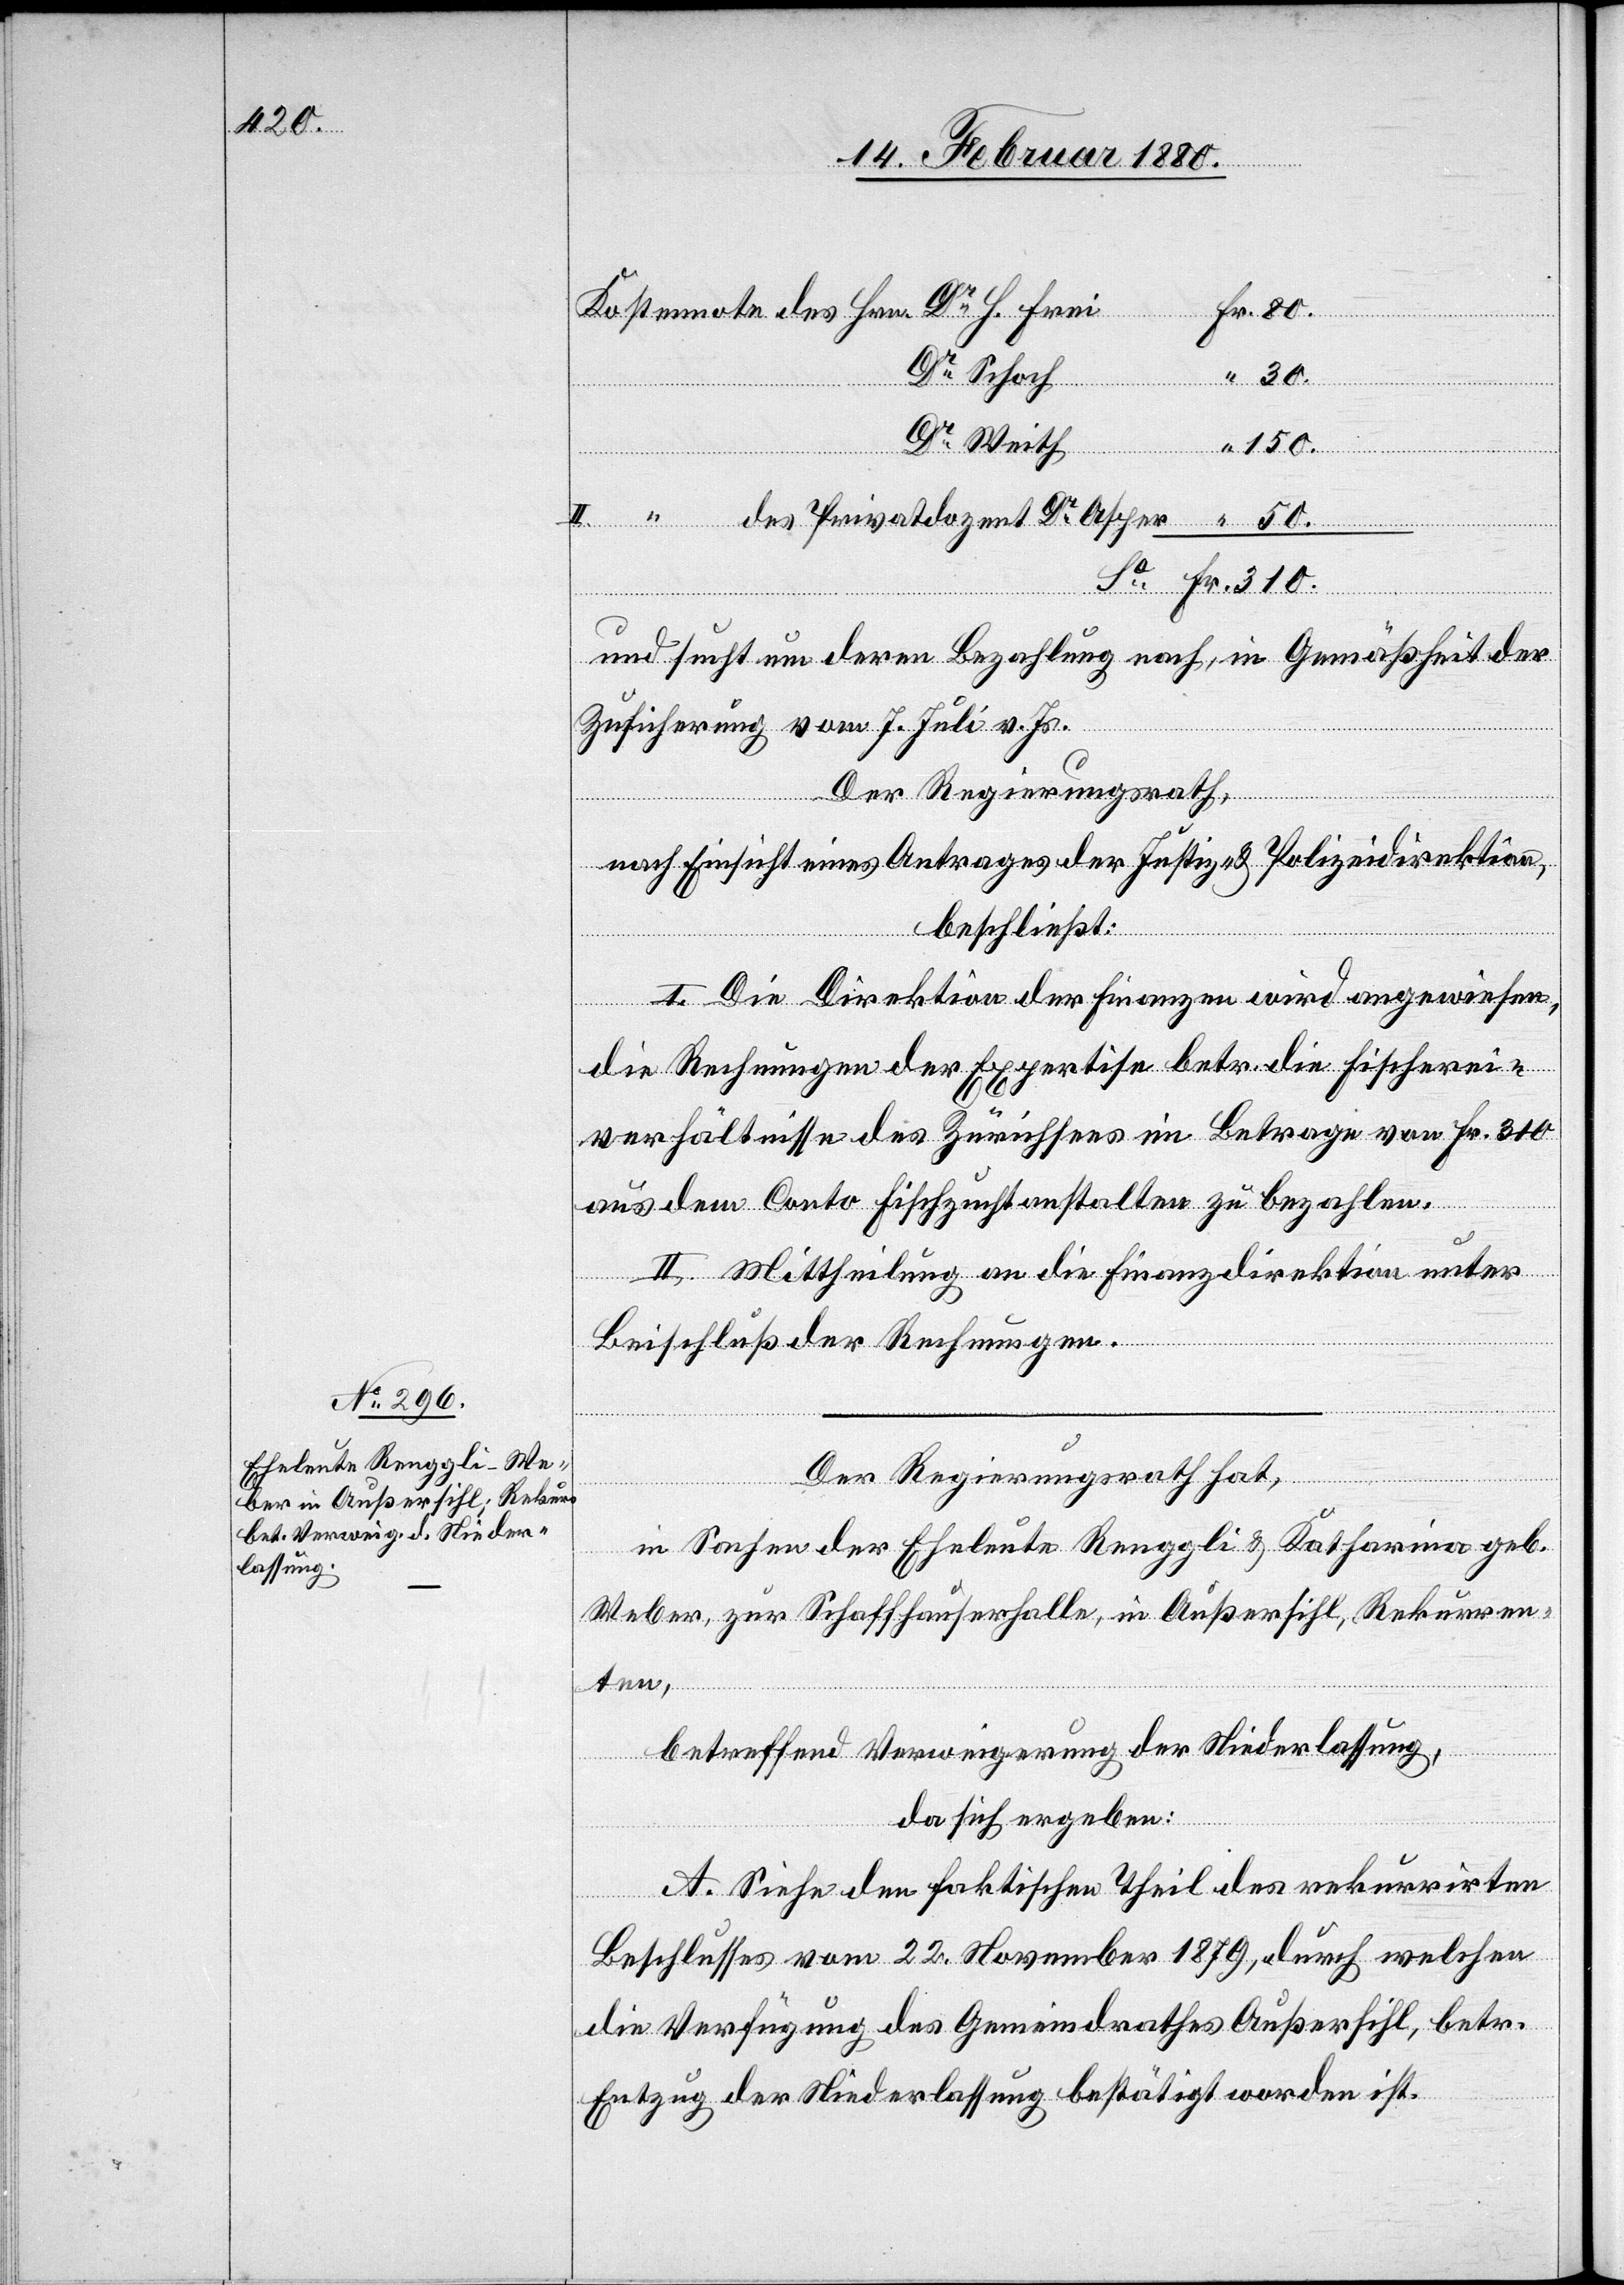
310.
Dr Schoch
Dr Weith
150.
und sucht um deren Bezahlung nach, in Gemäßheit der
Zusicherung vom 7. Juli v. Js.
Der Regierungsrath,
nach Einsicht eines Antrages der Justiz- & Polizeidirektion,
beschließt:
I. Die Direktion der Finanzen wird angewiesen,
die Rechnungen der Expertise betr. die Fischerei¬
verhältnisse des Zürichsees im Betrage von Fr. 310
aus dem Conto Fischzuchtanstalten zu bezahlen.
II. Mittheilung an die Finanzdirektion unter
Beischluß der Rechnungen.
Der Regierungsrath hat,
in Sachen der Eheleute Renggli & Katharina geb.
Weber, zur Schaffhauserhalle, in Außersihl, Rekurren¬
Dr Asper
ten,
betreffend Verweigerung der Niederlassung,
da sich ergeben:
A. Siehe den faktischen Theil des rekurrirten
Beschlusses vom 22. November 1879, durch welchen
die Verfügung es Gemeindrathes Außersihl, betr.
Entzug der Niederlassung bestätigt worden ist.